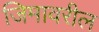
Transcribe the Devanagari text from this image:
जिमावरील